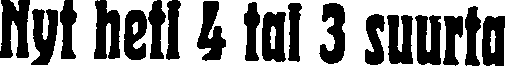
Nyt heti 4 tai 3 suurta